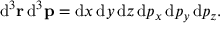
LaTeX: { \mathrm { d } } ^ { 3 } \mathbf { r } \, { \mathrm { d } } ^ { 3 } \mathbf { p } = { \mathrm { d } } x \, { \mathrm { d } } y \, { \mathrm { d } } z \, { \mathrm { d } } p _ { x } \, { \mathrm { d } } p _ { y } \, { \mathrm { d } } p _ { z } .